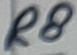
Text: R8